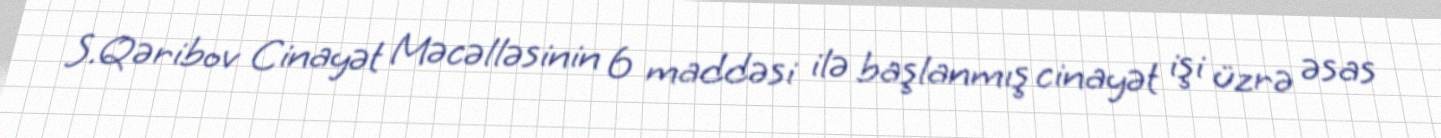
S.Qəribov Cinayət Məcəlləsinin 6 maddəsi ilə başlanmış cinayət işi üzrə əsas